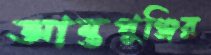
আন্তপুঞ্জির